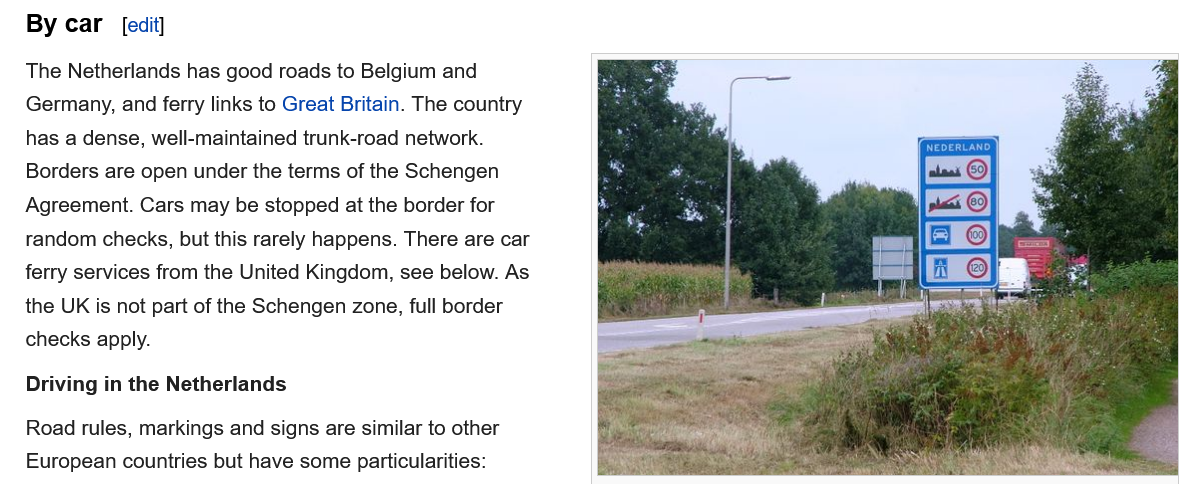
Road rules, markings and signs are similar to other
   European countries but have some particularities:

   By  car  [edit]
   The Netherlands has good roads to Belgium and
   Germany, and ferry links to Great Britain. The country
   has a dense, well-maintained trunk-road network.
   Borders are open under the terms of the Schengen
   Agreement. Cars may be stopped at the border for
   random checks, but this rarely happens. There are car
   ferry services from the United Kingdom, see below. As
   the UK is not part of the Schengen zone, full border
   checks apply.
   Driving in the Netherlands